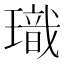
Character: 𪼞